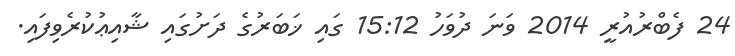
24 ފެބްރުއުރީ 2014 ވަނަ ދުވަހު 15:12 ގައި ޚަބަރުގެ ދަށުގައި ޝާއިޢުކުރެވިފައި.